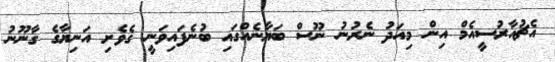
އެޗުއާރުސީއެމް އިން މިއަދު ނެރުނު ނޫސް ބަޔާނެއްގައި ބުނެފައިވަނީ ގެވެށި އަނިޔާގެ ގާނޫނު